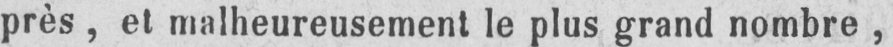
près, et malheureusement le plus grand nombre,